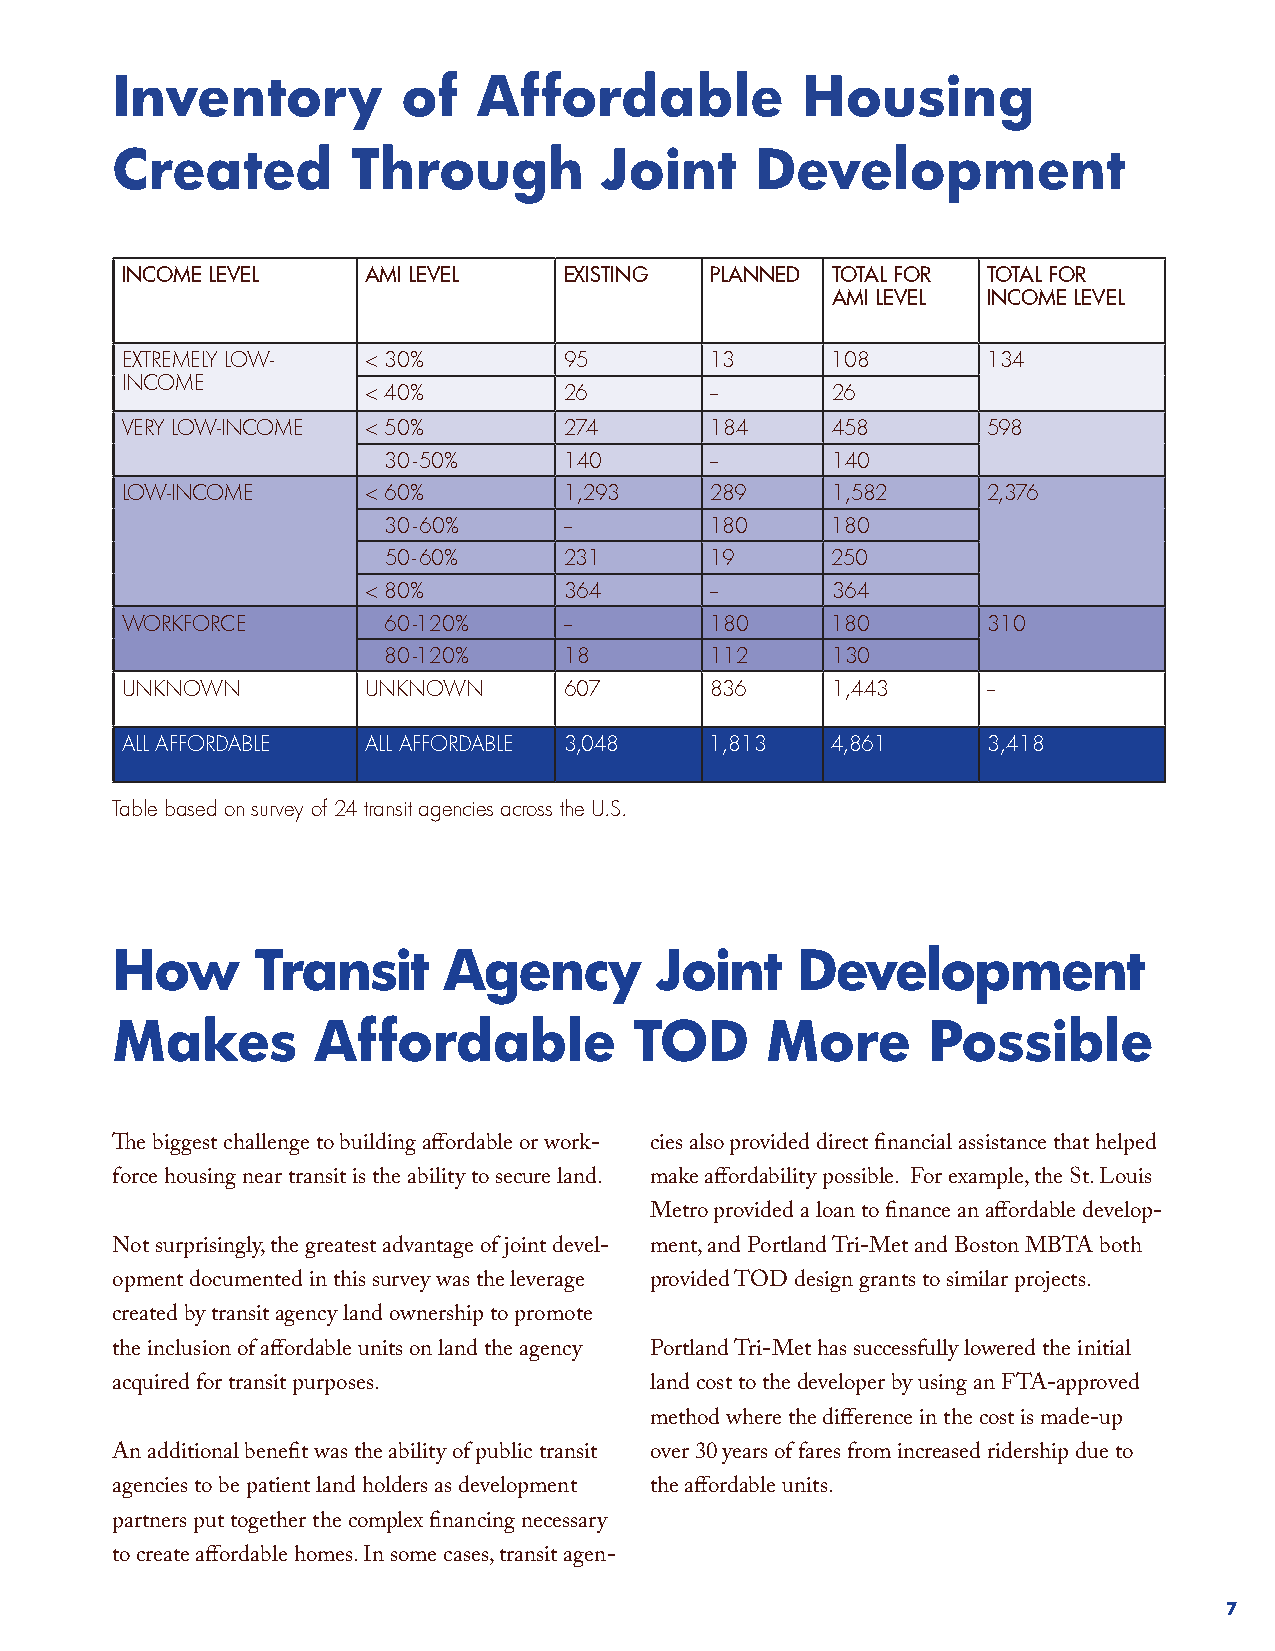
Inventory           of   Affordable           Housing
 Created         Through          Joint     Development
 INCOME LEVEL    AMI LEVEL    EXISTING  PLANNED TOTAL FOR TOTAL FOR
 AMI LEVEL INCOME LEVEL
 EXTREMELY LOW-  < 30%        95        13      108       134
 INCOME
 < 40%        26        --      26
 VERY LOW-INCOME < 50%        274       184     458       598
 30 - 50%    140       --      140
 LOW-INCOME      < 60%        1,293     289     1,582     2,376
 30 - 60%    --        180     180
 50 - 60%    231       19      250
 < 80%        364       --      364
 WORKFORCE        60 -120%    --        180     180       310
 80 -120%    18        112     130
 UNKNOWN         UNKNOWN      607       836     1,443     --
 ALL AFFORDABLE  ALL AFFORDABLE 3,048   1,813   4,861     3,418
 Table based on survey of 24 transit agencies across the U.S.
 How       Transit     Agency        Joint     Development
 Makes         Affordable           TOD      More      Possible
 The biggest challenge to building affordable or work- cies also provided direct financial assistance that helped
 force housing near transit is the ability to secure land. make affordability possible. For example, the St. Louis
 Metro provided a loan to finance an affordable develop-
 Not surprisingly, the greatest advantage of joint devel- ment, and Portland Tri-Met and Boston MBTA both
 opment documented in this survey was the leverage provided TOD design grants to similar projects.
 created by transit agency land ownership to promote
 the inclusion of affordable units on land the agency Portland Tri-Met has successfully lowered the initial
 acquired for transit purposes.      land cost to the developer by using an FTA-approved
 method where the difference in the cost is made-up
 An additional benefit was the ability of public transit over 30 years of fares from increased ridership due to
 agencies to be patient land holders as development the affordable units.
 partners put together the complex financing necessary
 to create affordable homes. In some cases, transit agen-
 7